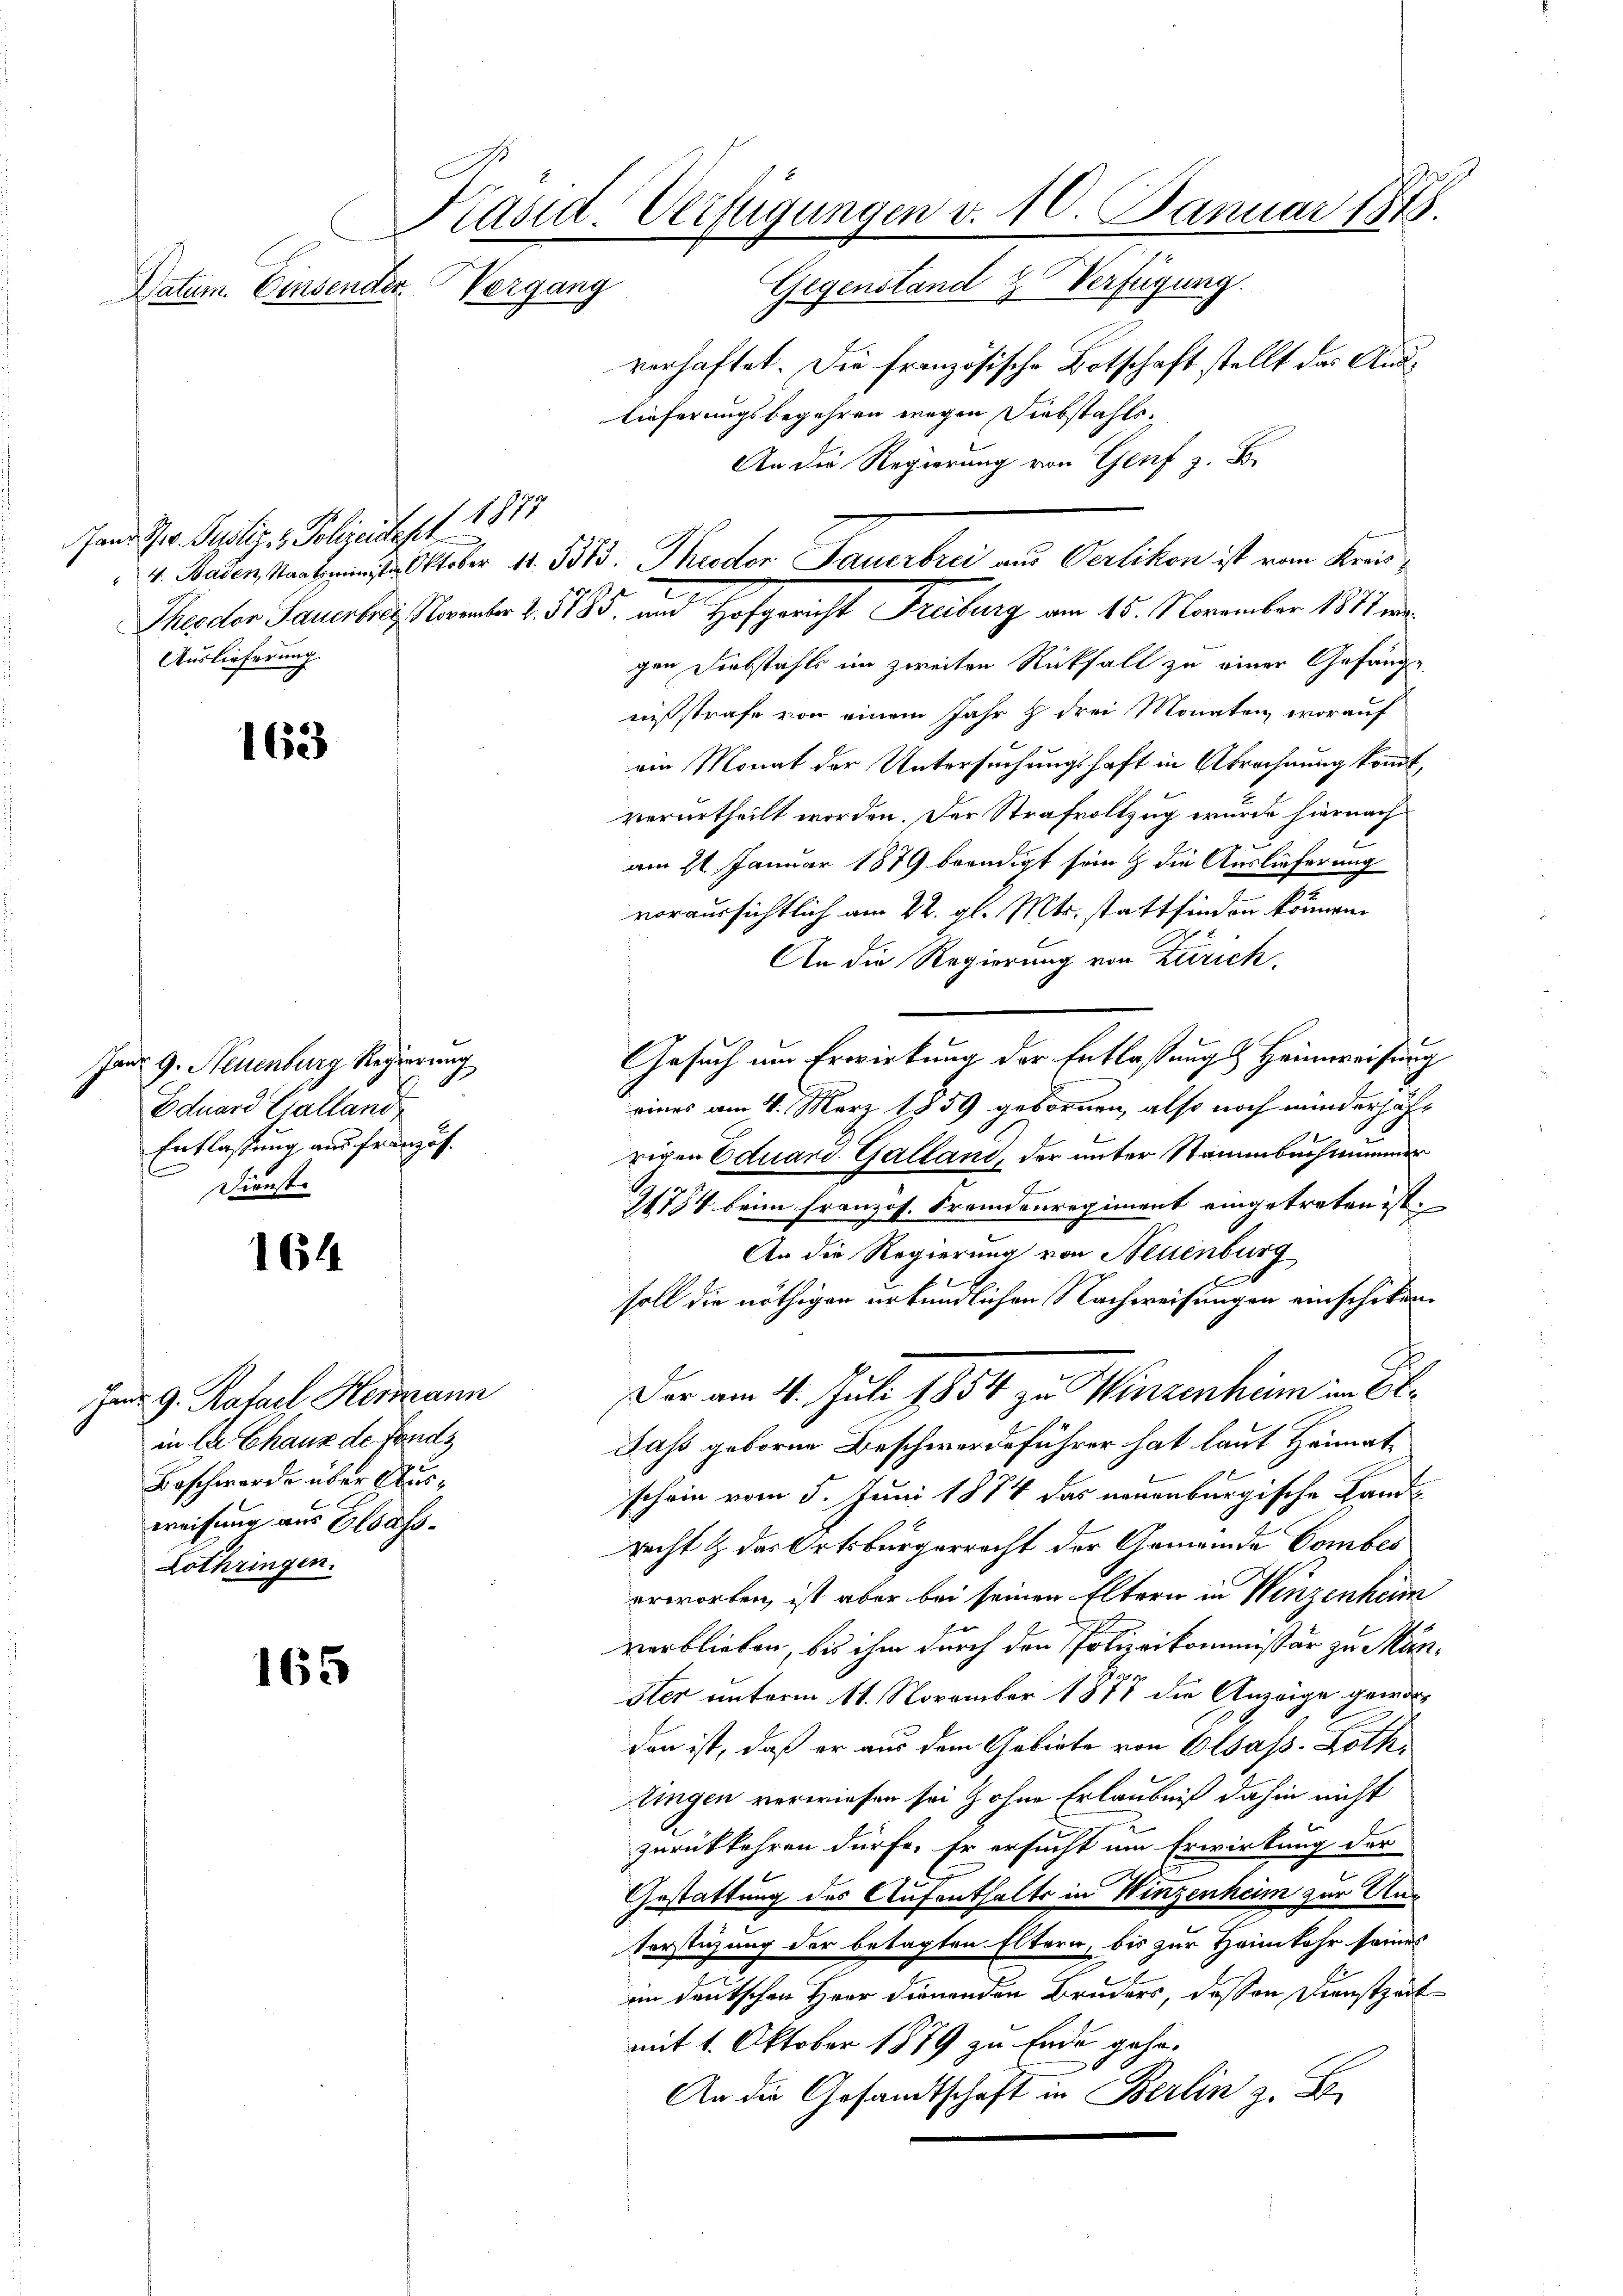
Präsid. Verfügungen v. 10. Januar 1878.
Vergang Gegenstand & Verfügung.
Datum. Einsender

Fand Ges. Pudlig. v. Polizeitest 1873
Auslieferung.

163

Janr 9. Neuenburg Regierung
Eduard Galland,
Entlassung aus französ.
Dienst.

164

Janr. G. Ratael Kermann
in la Chaus de Fonds
Beschwerde über Ausweisung aus Glass¬
Lothringen.

165

verhaftet. Die französische Botschaft stellt das Auslieferungsbegehren wegen Diebstahls¬
An die Regierung von Genf z. B.
gen Diebstahls im zweiten Rückfall zu einer Gefänge.
nißstrafe von einem Jahr & drei Monaten, worauf
ein Monat der Untersuchungshaft in Abrechnung kommt,
verurtheilt worden. Der Strafvollzug wurde hiernach
c
am 21. Januar 1879 beendigt sein & die Auslieferung
voraussichtlich am 22. gl. Mts. stattfinden können.
An die Regierung von Zürich,
Gesuch um Erwirkung der Entlassung Heimweisung
eines am 4. März 1859 gebornen, also noch minderjährigen Eduard Galland, der unter Stammbuch nunmer
21784 beim Französ. Fremdenregiment eingetreten ist.
An die Regierung von Neuenburg
soll die nöthiger urkundlichen Nachweisungen einschiken.
Der am 11. Juli 1854 zu Winzenheim B
Dass geboren Beschwerdeführer hat laut Heimatschein vom 5. Juni 1874 das neuenburgische Landrecht & des Ortsbürgerracht der Gemeinde Combes
erworten, ist aber bei seinen Eltern in Winzenheim
verblieben, bis ihm durch den Polizeikommissär zu Män¬
Ster unterm 11. November 1877 die Anzeige geworden ist, daß er aus dem Gebiete von Elsass. Göth
tingen verwiesen sei & ohne Erlaubniß dahin nicht
zurückkehren dürfe. Er ersucht um Erwirkung der
Gestattung des Aufenthalts in Winzenheim zur An¬
Verstüzung der betagten Eltern, bis zur Heimkehr seines
im deutschen Herr Dienenden Bruders, dassen Dienstzeit
mit 1. Oktober 1879 zu Ende gehe.
An die Gesandtschaft in Berlin z. B.

v. Baden Staat mit Oktober 11. 333. Theodor Sauerbrei aus Oerlikon ist vom Kreis¬
Theodor Haushar Nomber 2. 535. und Hofgericht Freiburg am 15. November 1817